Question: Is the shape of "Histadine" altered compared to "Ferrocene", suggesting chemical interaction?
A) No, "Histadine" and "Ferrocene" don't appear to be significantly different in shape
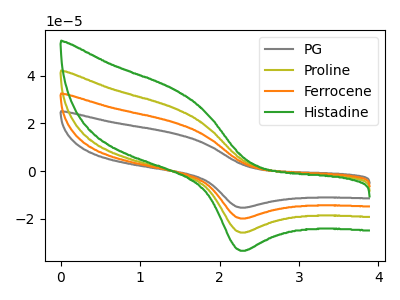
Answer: <think>The gray curve "PG" has an anodic peak at (1.45V, 78.85uA) and a cathodic peak at (2.30V, -77.40uA). The olive curve "Proline" has an anodic peak at (1.45V, 26.30uA) and a cathodic peak at (2.30V, -25.80uA). The orange curve "Ferrocene" has an anodic peak at (1.45V, 52.55uA) and a cathodic peak at (2.30V, -51.60uA). The green curve "Histadine" has an anodic peak at (1.45V, 34.05uA) and a cathodic peak at (2.30V, -33.45uA).
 All the peaks in "Histadine" have a peak in "Ferrocene" at the same potential. Every peak in "Histadine" is lower than every peak in "Ferrocene".</think>
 <answer>A) No, "Histadine" and "Ferrocene" don't appear to be significantly different in shape</answer>
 <eval>A</eval>